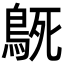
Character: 𮬳